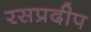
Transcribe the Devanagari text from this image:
रसप्रदीप